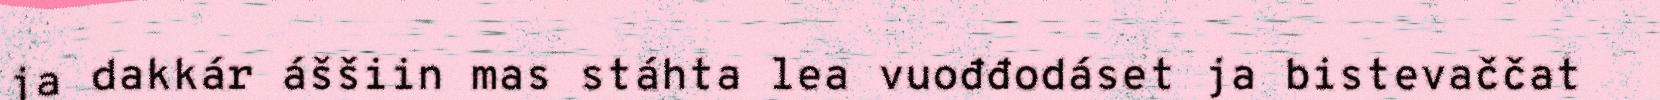
ja dakkár áššiin mas stáhta lea vuođđodáset ja bistevaččat